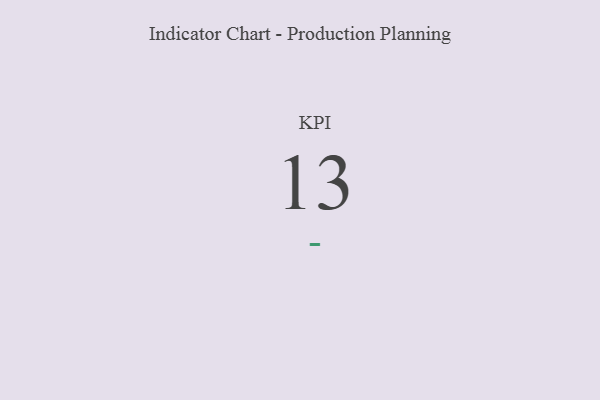
{"axis": {"x": "KPI", "y": "Value"}, "legend": [""], "data": [{"x": "KPI", "y": 13, "type": ""}]}